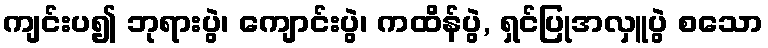
ကျင်းပ၍ ဘုရားပွဲ၊ ကျောင်းပွဲ၊ ကထိန်ပွဲ, ရှင်ပြုအလှူပွဲ စသော